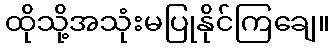
ထိုသို့အသုံးမပြုနိုင်ကြချေ။